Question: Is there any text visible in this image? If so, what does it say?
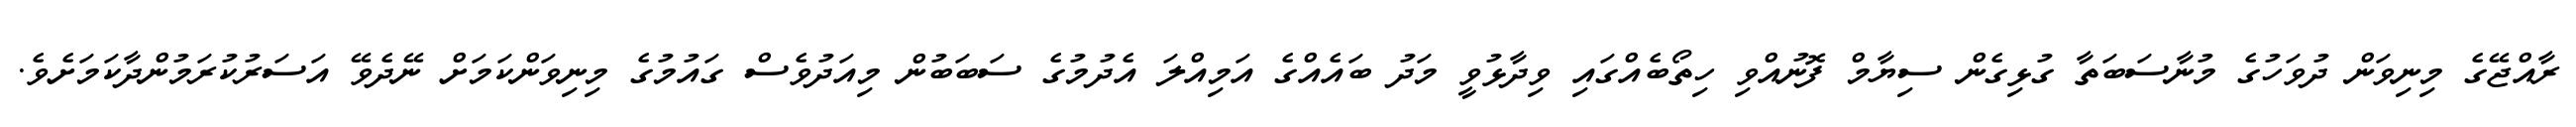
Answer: ރާއްޖޭގެ މިނިވަން ދުވަހުގެ މުނާސަބަތާ ގުޅިގެން ސިޔާމް ފޮނުއްވި ހިތޯބެއްގައި ވިދާޅުވީ މަދު ބައެއްގެ އަމިއްލަ އެދުމުގެ ސަބަބުން މިއަދުވެސް ގައުމުގެ މިނިވަންކަމަށް ނޭދެވޭ އަސަރުކުރަމުންދާކަމަށެވެ.